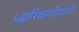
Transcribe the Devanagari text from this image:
५द्वारिकाधीशजी